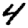
Digit: 4